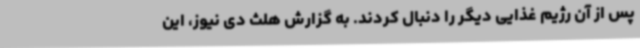
پس از آن رژیم غذایی دیگر را دنبال کردند. به گزارش هلث دی نیوز، این